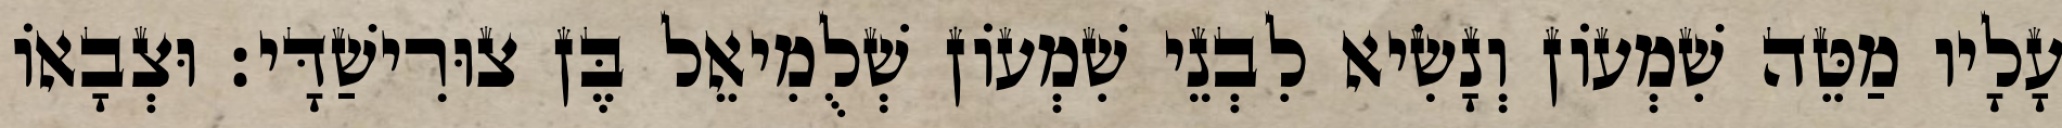
עָלָיו מַטֵּה שִׁמְעוֹן וְנָשִׂיא לִבְנֵי שִׁמְעוֹן שְׁלֻמִיאֵל בֶּן צוּרִישַׁדָּי׃ וּצְבָאוֹ